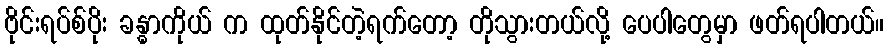
ဗိုင်းရပ်စ်ပိုး ခန္ဓာကိုယ် က ထုတ်နိုင်တဲ့ရက်တော့ တိုသွားတယ်လို့ ပေပါတွေမှာ ဖတ်ရပါတယ်။